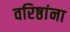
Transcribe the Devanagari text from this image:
वरिष्ठांना